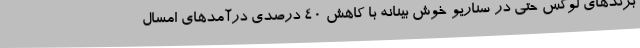
برندهای لوکس حتی در سناریو خوش بینانه با کاهش 40 درصدی درآمدهای امسال